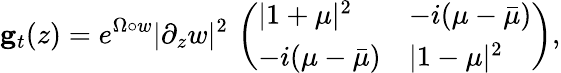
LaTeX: {\mathbf g}_{t}(z)=e^{\Omega\circ w}|\partial_{z}w|^{2}\, \left(\begin{array}{ll}{|1+\mu|^{2}}&{-i(\mu-\bar{\mu})}\\ {-i(\mu-\bar{\mu})}&{|1-\mu|^{2}}\end{array}\right),